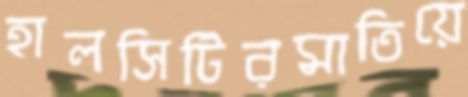
হালসিটিরমাতিয়ে